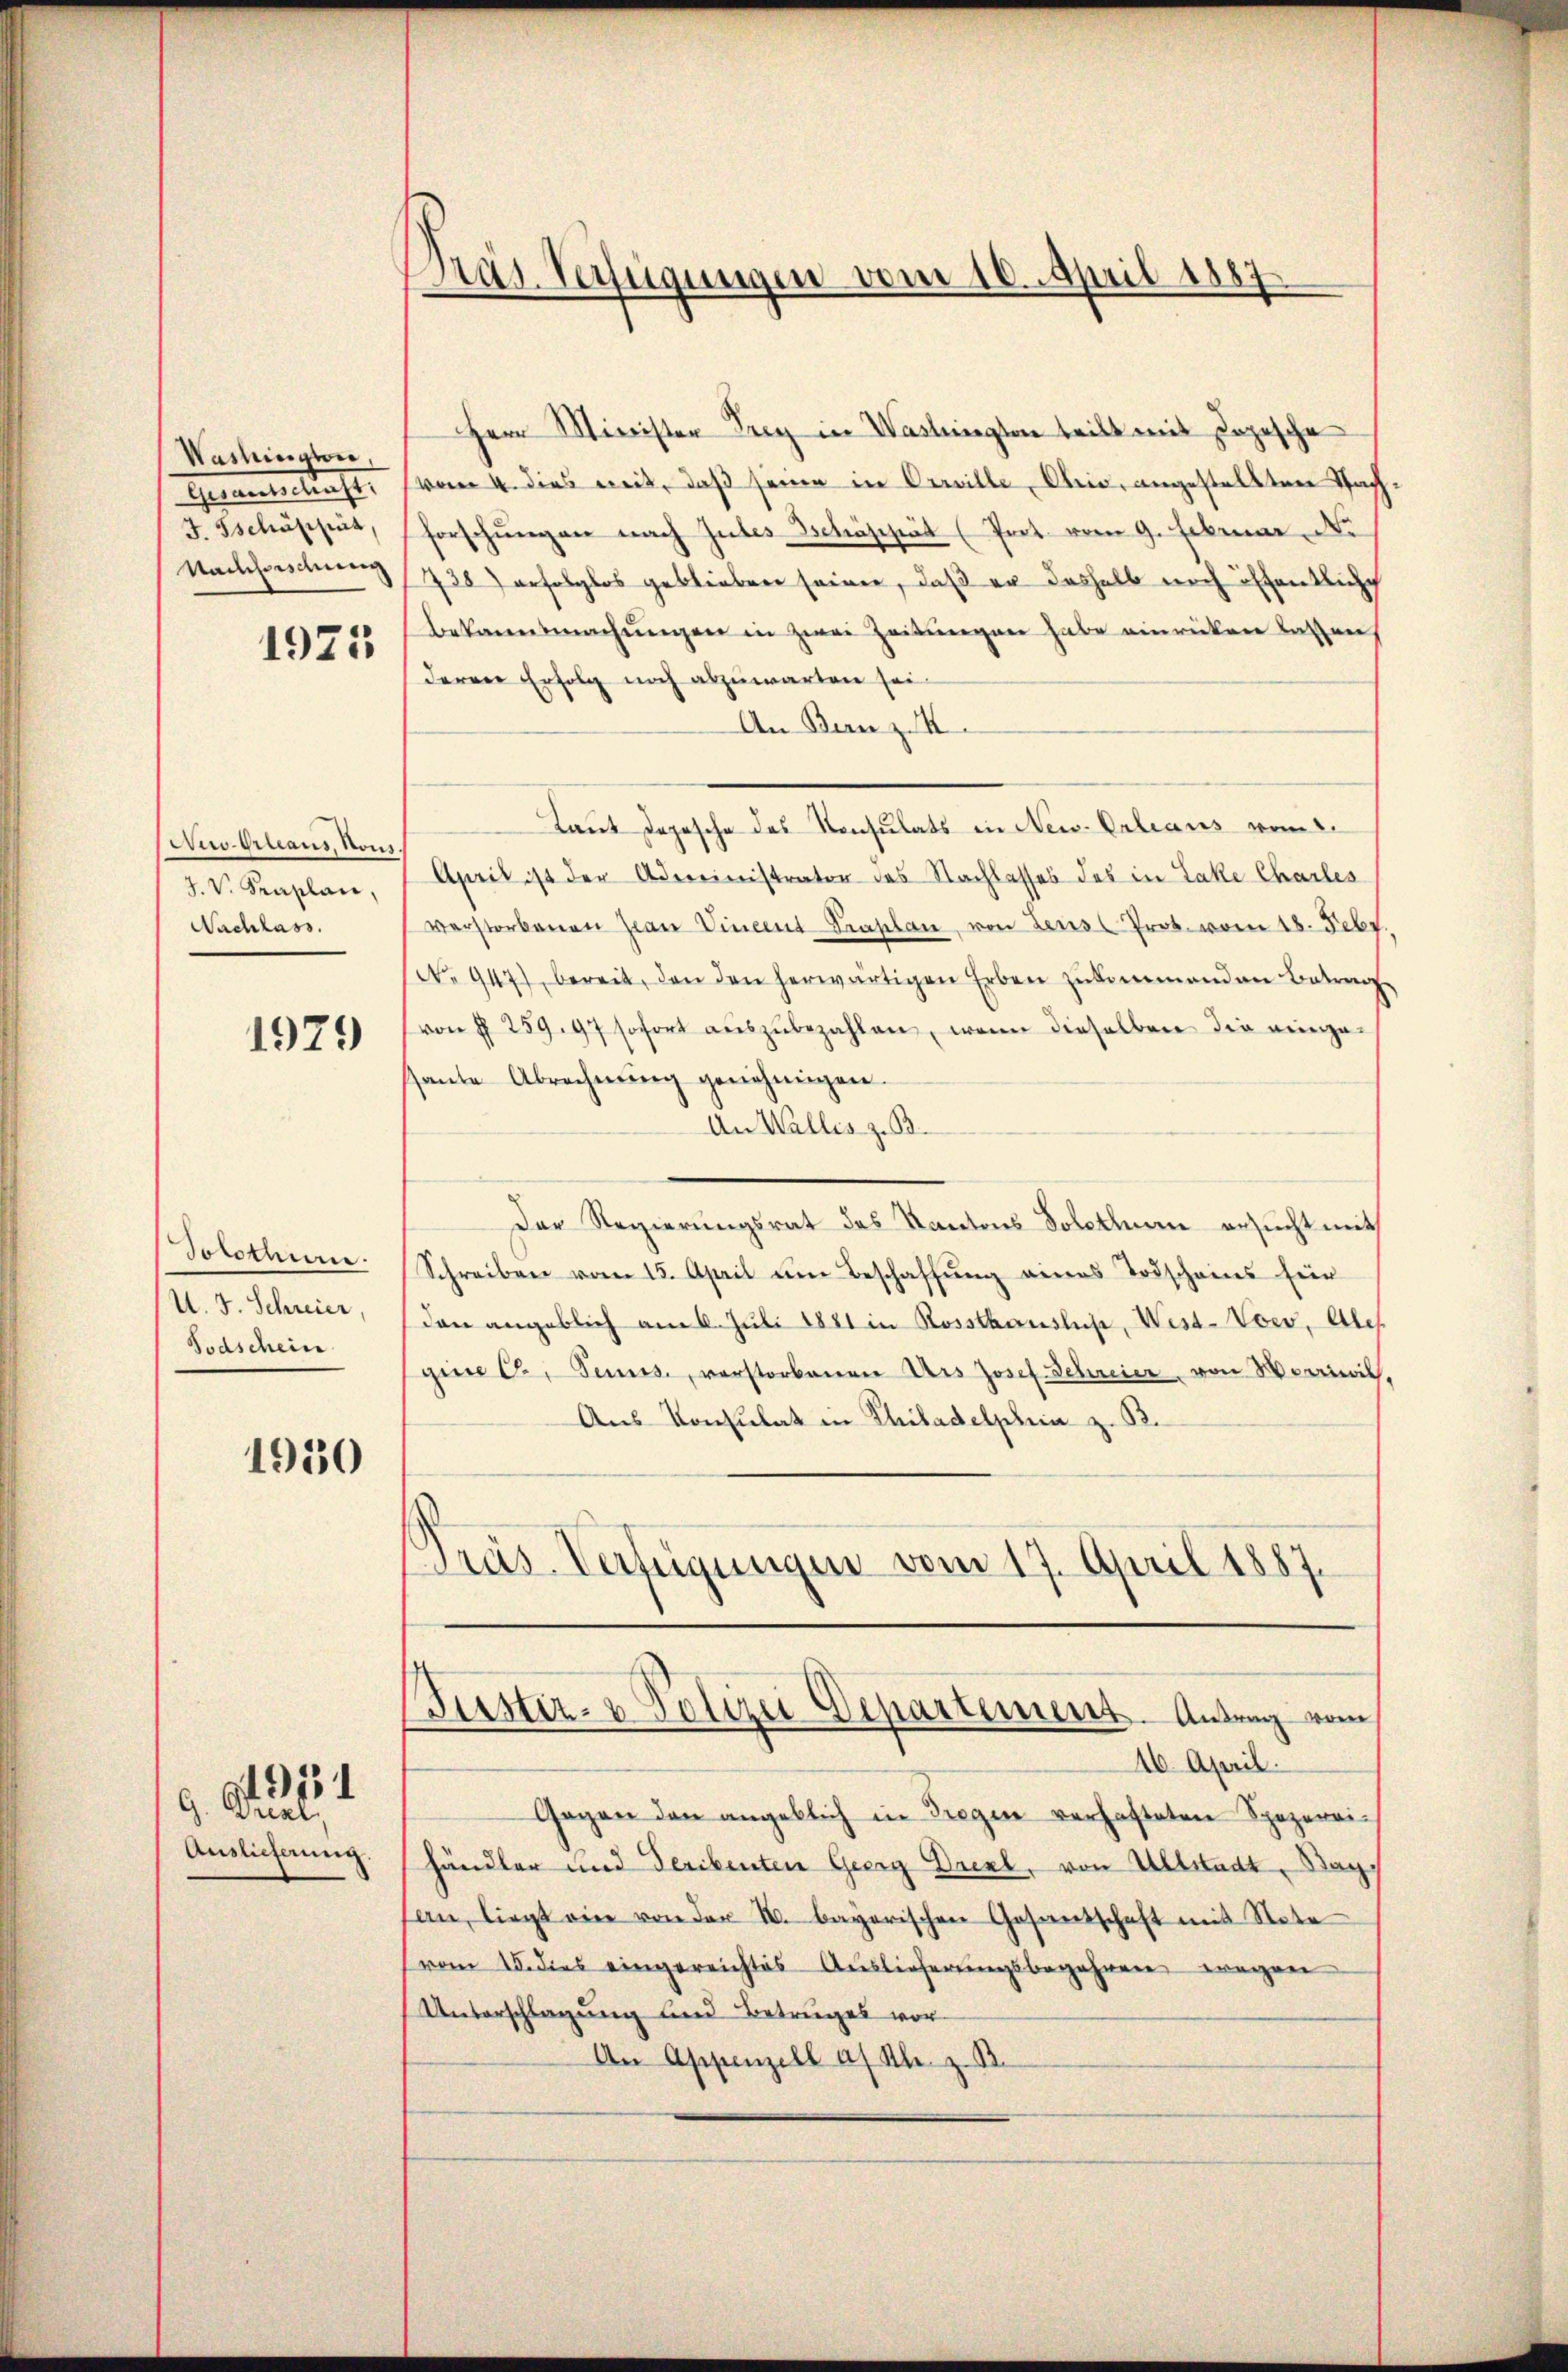
Washington,
Gesandtschieht.
J. Tschäfizia,
Nachforschung
1925

Aus Graus, Honi
J. V. Seaplan,
Nachlass.

1979

Jototium.
U. J. Schreier,
Todschein

1930

Dresl
Auslieferung.

G. 954

Präs. Verfügungen vom 10. April 1887

Herr Minister Frey in Washington teilt mit Depesche
vom 4. dies mit, daß seine in Orwille, Ohio, angestellten Sachforschŭngen nach Gutes Schäshät (Prot. vom 9. Februar N
738) erfolglos geblieben seinen, daß er deshalb noch öffentliche
bekanntmachŭngen in zwei Zeitungen habe einrücken lassen
deren Erfolg noch abzuwarten sei.
An Benz K
Laut Depesche des Konsulats in New-Orleans vom 2.
April ist der Administrator des Nachlasses des in Lake Charles
verstorbenen Jean Vincent Traplan, von Leus Prot. vom 18. Febr.
No. 947) bereit, den den herwärtigen Erben zŭkommenden Betrag
von § 259. 97 sofort aŭszŭbezahlen, wenn dieselben die einge-
sante Abrechnung genehmigen.
An Wallis z. B.
Der Regierungsrat des Kantons Solothurn ersucht mit
Schreiben vom 15. April um Beschaffung eines Todscheins hier
den angeblich am 6. Juli 1881 in Rossthauslich, West-Voco, Ales
gine C. Sinnes, verstorbenen Urs Josef Schreier, von Wernis,
Aus Konsulat in Philadelphia z. B.
Präs. Verfügungen vom 17. April 1887.

Justiz- & Polizei Departement. Antrag vom
16. April.

Gegen den angeblich in Gegen verhafteten Spezereihändler und Feribenten Georg Drexl, von Altstadt, Wagan, liegt eine von der u. bayerischen Gesandschaft mit Note
(vom 18. dies eingereichtes Auslieferungsbegehren wegen
Unterschlagung und Betruges vor¬
An Appenzell a. S. z. B.